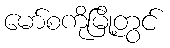
မော်စကိုမြို့တွင်